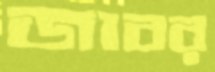
জাবর